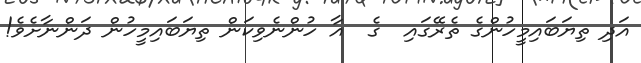
އަދި ތިޔަބައިމީހުންގެ ތެރޭގައި  ގެ  އާ ހުންނެވިކަން ތިޔަބައިމީހުން ދަންނާށެވެ!